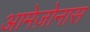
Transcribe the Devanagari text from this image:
आमेज़ोनास